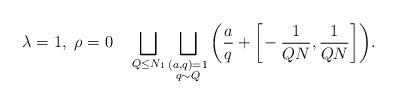
LaTeX: \begin{align*}\lambda = 1,\ \rho = 0\quad\bigsqcup_{Q \leq N_1} \bigsqcup_{\substack{ (a,q) = 1 \\ q \sim Q}} \bigg( \frac{a}{q} + \bigg[ \! -\frac{1}{ Q N }, \frac{1}{ Q N } \bigg] \bigg).\end{align*}